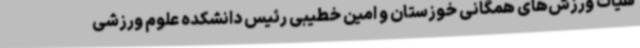
هیات ورزش‌های همگانی خوزستان و امین خطیبی رئیس دانشکده علوم ورزشی